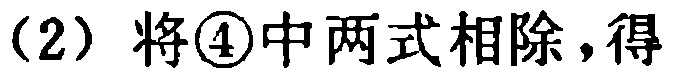
（2）将\textcircled{4}中两式相除，得